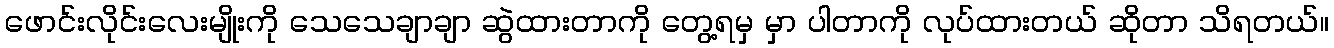
ဖောင်းလိုင်းလေးမျိုးကို သေသေချာချာ ဆွဲထားတာကို တွေ့ရမှ မှာ ပါတာကို လုပ်ထားတယ် ဆိုတာ သိရတယ်။